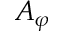
A _ { \varphi }